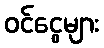
ဝင်ငွေများ